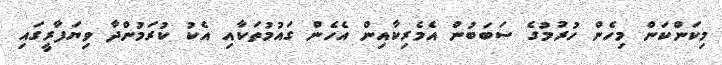
މިކަންކަން މިހެން ހުރުމުގެ ސަބަބުން އެމެރިކާއިން އެހެން ގައުމުތަކާއި އެކު ކުރަމުންދާ ވިޔަފާރީގައި